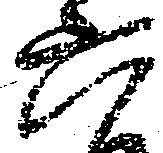
六